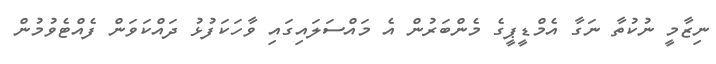
ނިޒާމީ ނުކުތާ ނަގާ އެމްޑީޕީގެ މެންބަރުން އެ މައްސަލައިގައި ވާހަކަފުޅު ދައްކަވަން ފެއްޓެވުމުން